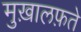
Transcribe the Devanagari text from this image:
मुख़ालफ़ते